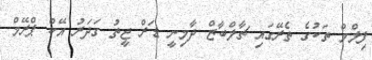
ފިލްމް ތަކުގެ ތެރޭގައި ޗާލްބާޒް ދާމިނީ ޑަރް ޖީތު ގަދަރު އޭކް ޕްރޭމް